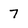
Character: 7